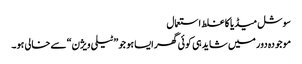
سوشل میڈیا کا غلط استعمال
موجودہ دور میں شاید ہی کوئی گھر ایسا ہو جو ”ٹیلی ویژن“ سے خالی ہو۔